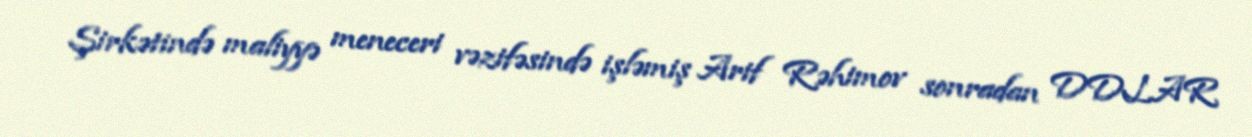
Şirkətində maliyyə meneceri vəzifəsində işləmiş Arif Rəhimov sonradan DDLAR